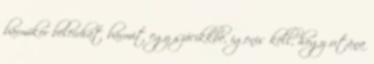
bármikor beleírhat bármit egy szócikkbe, igenis kell, hogy utána